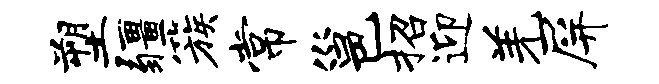
塑疆簇常邕招迎羌屏